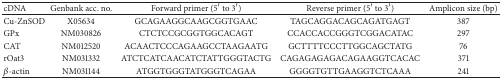
| cDNA | Genbank acc. no. | Forward primer (5′ to 3′) | Reverse primer (5′ to 3′) | Amplicon size (bp) |
 | --- | --- | --- | --- | --- |
 | Cu-ZnSOD | X05634 | GCAGAAGGCAAGCGGTGAAC | TAGCAGGACAGCAGATGAGT | 387 |
 | GPx | NM030826 | CTCTCCGCGGTGGCACAGT | CCACCACCGGGTCGGACATAC | 297 |
 | CAT | NM012520 | ACAACTCCCAGAAGCCTAAGAATG | GCTTTTCCCTTGGCAGCTATG | 76 |
 | rOat3 | NM031332 | ATCTCATCAACATCTATTGGGTACTG | CAGAGAGAGACAGAAGGTCACAC | 371 |
 | β-actin | NM031144 | ATGGTGGGTATGGGTCAGAA | GGGGTGTTGAAGGTCTCAAA | 241 |